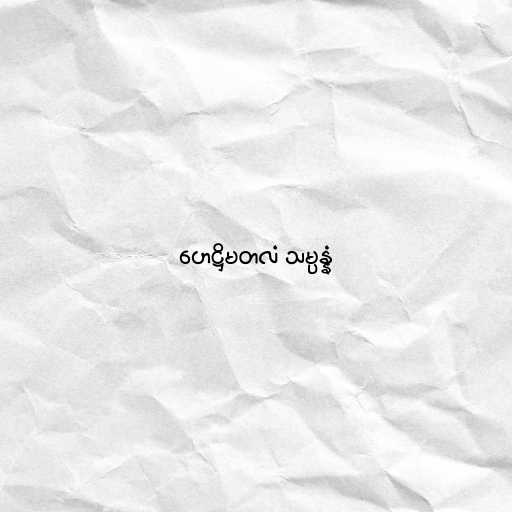
ဟေဋ္ဌိမတလံ သမ္ပန္နံ